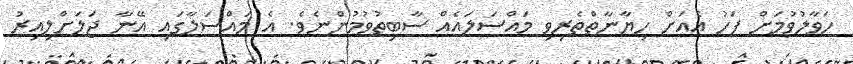
ހަވާލުވުމަށް ފަހު އެއަށް ހިޔާނާތްތެރިވި މައްސަލައެއް ސާބިތުވުމުންނެވެ. އެ މައްސަލާގައި އޭނާ ޖަލަށްލިއިރު